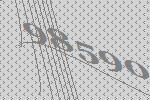
98590